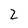
Character: 2